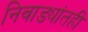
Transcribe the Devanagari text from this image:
निवाड्यांतही